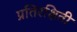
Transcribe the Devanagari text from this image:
प्रतिरक्षिती